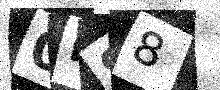
Text: 0KS8